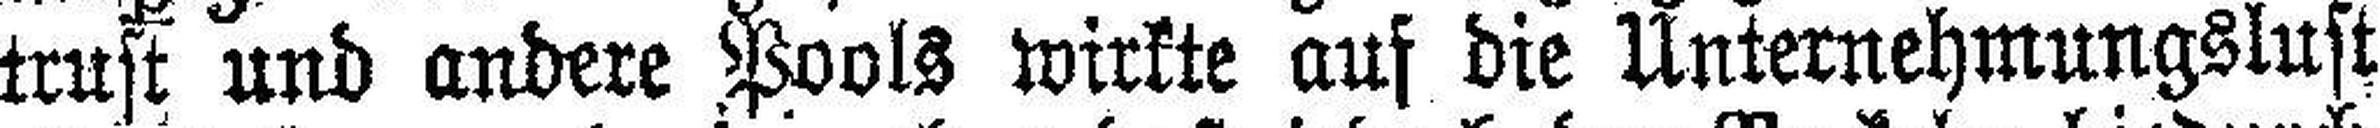
trust und andere Pools wirkte auf die Unternehmungslust